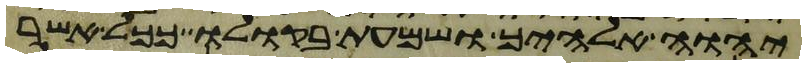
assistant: יהוה אלהיך ושמעת בקולו ככל אשר